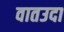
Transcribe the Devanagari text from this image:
वातउदा